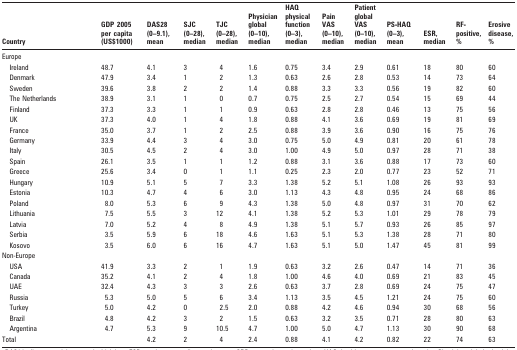
<table><thead><tr><td><b>Country</b></td><td><b>GDP 2005 per capita (US$1000)</b></td><td><b>DAS28 (0–9.1), mean</b></td><td><b>SJC (0–28), median</b></td><td><b>TJC (0–28), median</b></td><td><b>Physician global (0–10), median</b></td><td><b>HAQ physical function (0–3), median</b></td><td><b>Pain VAS (0–10), median</b></td><td><b>Patient global VAS (0–10), median</b></td><td><b>PS-HAQ (0–3), mean</b></td><td><b>ESR, median</b></td><td><b>RF-positive, %</b></td><td><b>Erosive disease, %</b></td></tr></thead><tbody><tr><td>Europe</td><td></td><td></td><td></td><td></td><td></td><td></td><td></td><td></td><td></td><td></td><td></td><td></td></tr><tr><td>Ireland</td><td>48.7</td><td>4.1</td><td>3</td><td>4</td><td>1.6</td><td>0.75</td><td>3.4</td><td>2.9</td><td>0.61</td><td>18</td><td>80</td><td>60</td></tr><tr><td>Denmark</td><td>47.9</td><td>3.4</td><td>1</td><td>2</td><td>1.3</td><td>0.63</td><td>2.6</td><td>2.8</td><td>0.53</td><td>14</td><td>73</td><td>64</td></tr><tr><td>Sweden</td><td>39.6</td><td>3.8</td><td>2</td><td>2</td><td>1.4</td><td>0.88</td><td>3.3</td><td>3.3</td><td>0.56</td><td>19</td><td>82</td><td>60</td></tr><tr><td>The Netherlands</td><td>38.9</td><td>3.1</td><td>1</td><td>0</td><td>0.7</td><td>0.75</td><td>2.5</td><td>2.7</td><td>0.54</td><td>15</td><td>69</td><td>44</td></tr><tr><td>Finland</td><td>37.3</td><td>3.3</td><td>1</td><td>1</td><td>0.9</td><td>0.63</td><td>2.8</td><td>2.8</td><td>0.46</td><td>13</td><td>75</td><td>56</td></tr><tr><td>UK</td><td>37.3</td><td>4.0</td><td>1</td><td>4</td><td>1.8</td><td>0.88</td><td>4.1</td><td>3.6</td><td>0.69</td><td>19</td><td>81</td><td>69</td></tr><tr><td>France</td><td>35.0</td><td>3.7</td><td>1</td><td>2</td><td>2.5</td><td>0.88</td><td>3.9</td><td>3.6</td><td>0.90</td><td>16</td><td>75</td><td>76</td></tr><tr><td>Germany</td><td>33.9</td><td>4.4</td><td>3</td><td>4</td><td>3.0</td><td>0.75</td><td>5.0</td><td>4.9</td><td>0.81</td><td>20</td><td>61</td><td>78</td></tr><tr><td>Italy</td><td>30.5</td><td>4.5</td><td>2</td><td>4</td><td>3.0</td><td>1.00</td><td>4.9</td><td>5.0</td><td>0.97</td><td>28</td><td>71</td><td>38</td></tr><tr><td>Spain</td><td>26.1</td><td>3.5</td><td>1</td><td>1</td><td>1.2</td><td>0.88</td><td>3.1</td><td>3.6</td><td>0.88</td><td>17</td><td>73</td><td>60</td></tr><tr><td>Greece</td><td>25.6</td><td>3.4</td><td>0</td><td>1</td><td>1.1</td><td>0.25</td><td>2.3</td><td>2.0</td><td>0.77</td><td>23</td><td>52</td><td>71</td></tr><tr><td>Hungary</td><td>10.9</td><td>5.1</td><td>5</td><td>7</td><td>3.3</td><td>1.38</td><td>5.2</td><td>5.1</td><td>1.08</td><td>26</td><td>93</td><td>93</td></tr><tr><td>Estonia</td><td>10.3</td><td>4.7</td><td>4</td><td>6</td><td>3.0</td><td>1.13</td><td>4.3</td><td>4.8</td><td>0.95</td><td>24</td><td>68</td><td>86</td></tr><tr><td>Poland</td><td>8.0</td><td>5.3</td><td>6</td><td>9</td><td>4.3</td><td>1.38</td><td>5.0</td><td>4.8</td><td>0.97</td><td>31</td><td>70</td><td>62</td></tr><tr><td>Lithuania</td><td>7.5</td><td>5.5</td><td>3</td><td>12</td><td>4.1</td><td>1.38</td><td>5.2</td><td>5.3</td><td>1.01</td><td>29</td><td>78</td><td>79</td></tr><tr><td>Latvia</td><td>7.0</td><td>5.2</td><td>4</td><td>8</td><td>4.9</td><td>1.38</td><td>5.1</td><td>5.7</td><td>0.93</td><td>26</td><td>85</td><td>97</td></tr><tr><td>Serbia</td><td>3.5</td><td>5.9</td><td>6</td><td>18</td><td>4.6</td><td>1.63</td><td>5.1</td><td>5.3</td><td>1.38</td><td>28</td><td>71</td><td>80</td></tr><tr><td>Kosovo</td><td>3.5</td><td>6.0</td><td>6</td><td>16</td><td>4.7</td><td>1.63</td><td>5.1</td><td>5.0</td><td>1.47</td><td>45</td><td>81</td><td>99</td></tr><tr><td>Non-Europe</td><td></td><td></td><td></td><td></td><td></td><td></td><td></td><td></td><td></td><td></td><td></td><td></td></tr><tr><td>USA</td><td>41.9</td><td>3.3</td><td>2</td><td>1</td><td>1.9</td><td>0.63</td><td>3.2</td><td>2.6</td><td>0.47</td><td>14</td><td>71</td><td>36</td></tr><tr><td>Canada</td><td>35.2</td><td>4.1</td><td>2</td><td>4</td><td>1.8</td><td>1.00</td><td>4.6</td><td>4.0</td><td>0.69</td><td>21</td><td>83</td><td>45</td></tr><tr><td>UAE</td><td>32.4</td><td>4.3</td><td>3</td><td>3</td><td>2.6</td><td>0.63</td><td>3.7</td><td>2.8</td><td>0.69</td><td>24</td><td>75</td><td>47</td></tr><tr><td>Russia</td><td>5.3</td><td>5.0</td><td>5</td><td>6</td><td>3.4</td><td>1.13</td><td>3.5</td><td>4.5</td><td>1.21</td><td>24</td><td>75</td><td>60</td></tr><tr><td>Turkey</td><td>5.0</td><td>4.2</td><td>0</td><td>2.5</td><td>2.0</td><td>0.88</td><td>4.2</td><td>4.6</td><td>0.94</td><td>30</td><td>68</td><td>56</td></tr><tr><td>Brazil</td><td>4.8</td><td>4.2</td><td>3</td><td>2</td><td>1.5</td><td>0.63</td><td>3.2</td><td>3.5</td><td>0.71</td><td>28</td><td>80</td><td>63</td></tr><tr><td>Argentina</td><td>4.7</td><td>5.3</td><td>9</td><td>10.5</td><td>4.7</td><td>1.00</td><td>5.0</td><td>4.7</td><td>1.13</td><td>30</td><td>90</td><td>68</td></tr><tr><td>Total</td><td></td><td>4.2</td><td>2</td><td>4</td><td>2.4</td><td>0.88</td><td>4.1</td><td>4.2</td><td>0.82</td><td>22</td><td>74</td><td>63</td></tr></tbody></table>